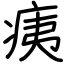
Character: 痍